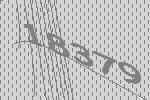
18379